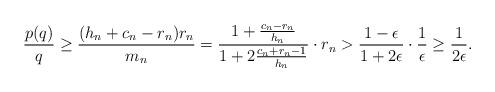
LaTeX: \begin{align*}\frac{p(q)}{q} \geq \frac{(h_{n}+c_{n}-r_{n})r_{n}}{m_{n}}= \frac{1 + \frac{c_{n}-r_{n}}{h_{n}}}{1 + 2\frac{c_{n}+r_{n}-1}{h_{n}}} \cdot r_{n}> \frac{1-\epsilon}{1 + 2\epsilon} \cdot \frac{1}{\epsilon}\geq \frac{1}{2\epsilon}.\end{align*}